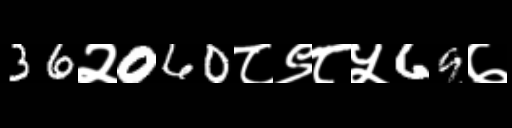
Text: 36२060८९८५69७